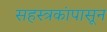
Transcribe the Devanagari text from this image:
सहस्त्रकांपासून